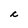
Character: c